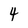
Character: 4